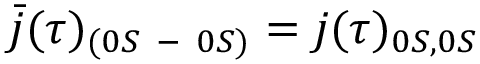
\bar { j } ( \tau ) _ { ( 0 S \mathrm { ~ - ~ } 0 S ) } = j ( \tau ) _ { 0 S , 0 S }